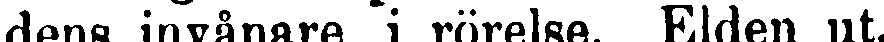
dens invånare i rörelse. Elden ut-